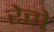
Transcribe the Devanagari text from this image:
रेत्तो